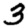
Digit: 3